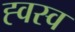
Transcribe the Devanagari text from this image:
ह्वस्व